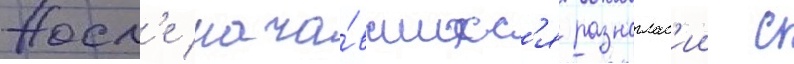
Посл'е нача́вшихс'я разноглас'ии с